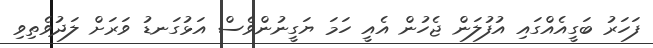
ފަހަރު ބަގީއެއްގައި އުފުލަން ޖެހުން އެއީ ހަމަ ޔަގީނުންވެސް އަޅުގަނޑު ވަރަށް ލަދުވެތިވި